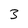
Character: 3